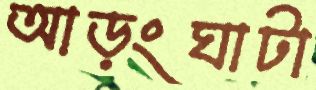
আড়ংঘাটা